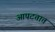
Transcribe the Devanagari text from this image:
आपटतात